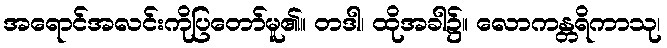
အရောင်အလင်းကိုပြတော်မူ၏။ တဒါ၊ ထိုအခါ၌။ လောကန္တရိကာသု၊